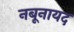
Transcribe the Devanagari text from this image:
नबूनायद